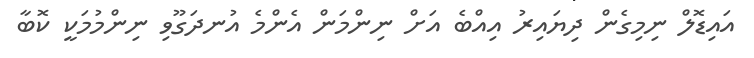
އައިޑޮލް ނިމިގެން ދިޔައިރު އިއްބެ އަށް ނިންމަން އެންމެ އުނދަގޫވި ނިންމުމަކީ ކޮބާ